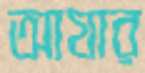
আযার